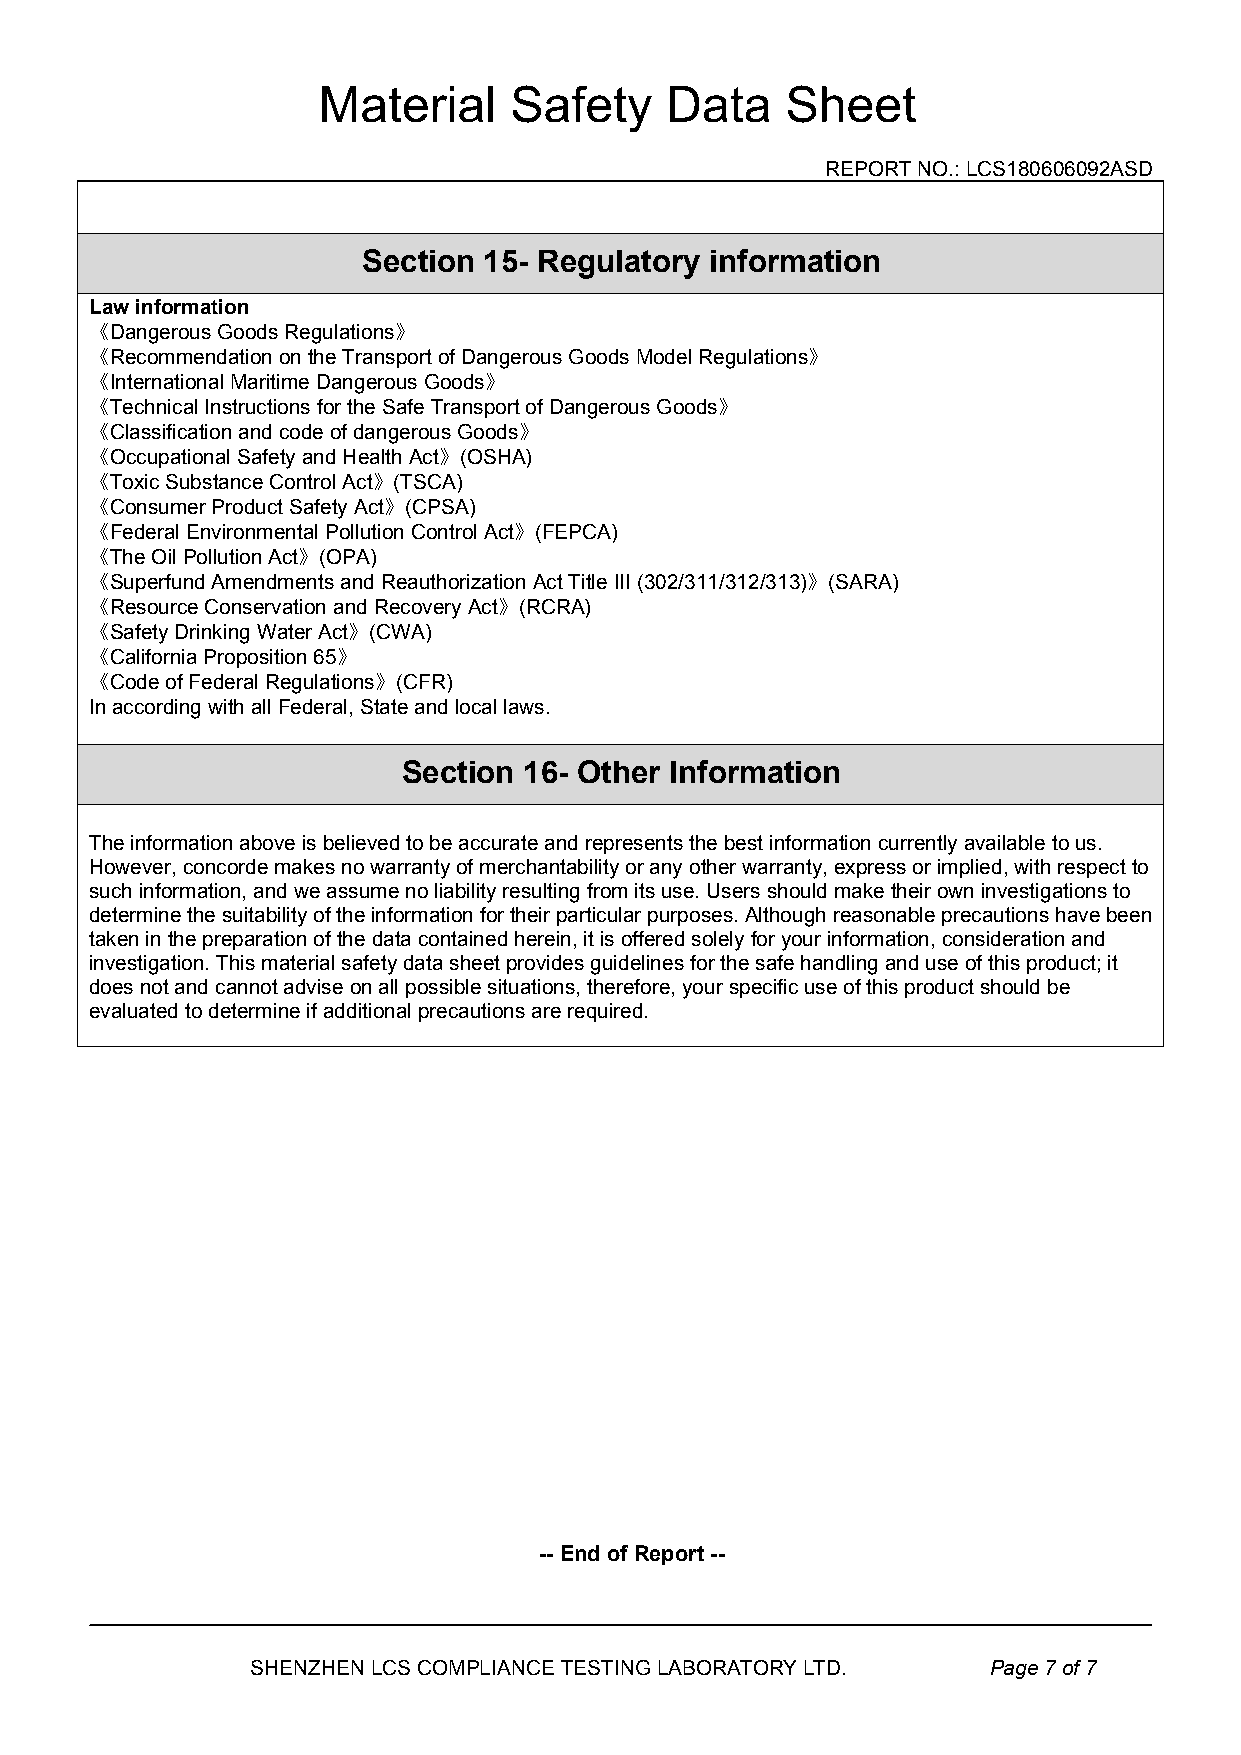
Material     Safety    Data    Sheet
 REPORTNO.:LCS180606092ASD
 Section 15- Regulatory information
 Lawinformation
 《DangerousGoodsRegulations》
 《RecommendationontheTransportofDangerousGoodsModelRegulations》
 《InternationalMaritimeDangerousGoods》
 《TechnicalInstructionsfortheSafeTransportofDangerousGoods》
 《ClassificationandcodeofdangerousGoods》
 《OccupationalSafetyandHealthAct》(OSHA)
 《ToxicSubstanceControlAct》(TSCA)
 《ConsumerProductSafetyAct》(CPSA)
 《FederalEnvironmentalPollutionControlAct》(FEPCA)
 《TheOilPollutionAct》(OPA)
 《SuperfundAmendmentsandReauthorizationActTitleIII(302/311/312/313)》(SARA)
 《ResourceConservationandRecoveryAct》(RCRA)
 《SafetyDrinkingWaterAct》(CWA)
 《CaliforniaProposition65》
 《CodeofFederalRegulations》(CFR)
 InaccordingwithallFederal,Stateandlocallaws.
 Section 16- Other Information
 Theinformationaboveisbelievedtobeaccurateandrepresentsthebestinformationcurrentlyavailabletous.
 However,concordemakesnowarrantyofmerchantabilityoranyotherwarranty,expressorimplied,withrespectto
 suchinformation,andweassumenoliabilityresultingfromitsuse.Usersshouldmaketheirowninvestigationsto
 determinethesuitabilityoftheinformationfortheirparticularpurposes.Althoughreasonableprecautionshavebeen
 takeninthepreparationofthedatacontainedherein,itisofferedsolelyforyourinformation,considerationand
 investigation.Thismaterialsafetydatasheetprovidesguidelinesforthesafehandlinganduseofthisproduct;it
 doesnotandcannotadviseonallpossiblesituations,therefore,yourspecificuseofthisproductshouldbe
 evaluatedtodetermineifadditionalprecautionsarerequired.
 -- EndofReport --
 SHENZHENLCSCOMPLIANCETESTINGLABORATORYLTD.      Page7of7